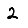
Digit: 2